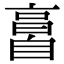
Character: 𦤘